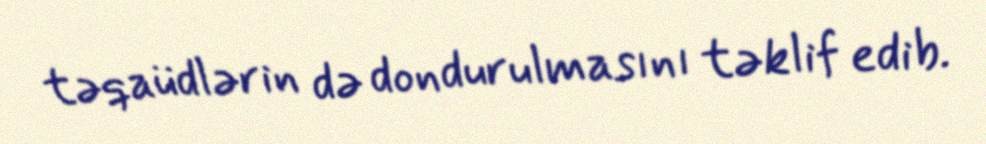
təqaüdlərin də dondurulmasını təklif edib.